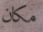
مكان